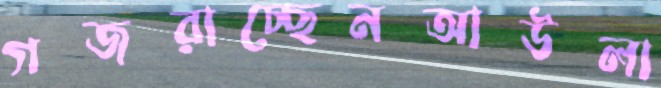
গজরাচ্ছেনআউলা